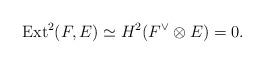
LaTeX: \begin{align*}\mathrm{Ext}^2(F,E)\simeq H^2(F^{\vee}\otimes E)=0.\end{align*}